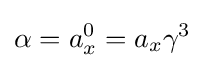
\alpha =a_{x}^{0}=a_{x}\gamma ^{3}